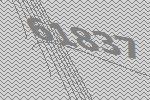
61837